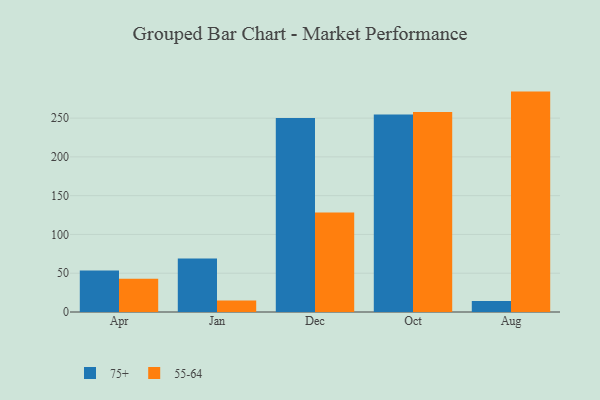
{"axis": {"x": "Month", "y": "LTV (USD)"}, "legend": ["55-64", "75+"], "data": [{"x": "Apr", "y": 53.6, "type": "75+"}, {"x": "Apr", "y": 42.9, "type": "55-64"}, {"x": "Jan", "y": 68.9, "type": "75+"}, {"x": "Jan", "y": 14.7, "type": "55-64"}, {"x": "Dec", "y": 250.0, "type": "75+"}, {"x": "Dec", "y": 128.3, "type": "55-64"}, {"x": "Oct", "y": 254.8, "type": "75+"}, {"x": "Oct", "y": 257.8, "type": "55-64"}, {"x": "Aug", "y": 14.1, "type": "75+"}, {"x": "Aug", "y": 284.2, "type": "55-64"}]}